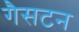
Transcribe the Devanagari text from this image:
गैसटन